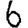
Digit: 6